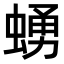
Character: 𧍛